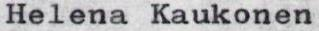
Helena Kaukonen